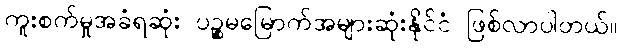
ကူးစက်မှုအခံရဆုံး ပဉ္စမမြောက်အများဆုံးနိုင်ငံ ဖြစ်လာပါတယ်။